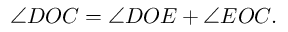
\angle D O C = \angle D O E + \angle E O C .